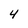
Character: 4